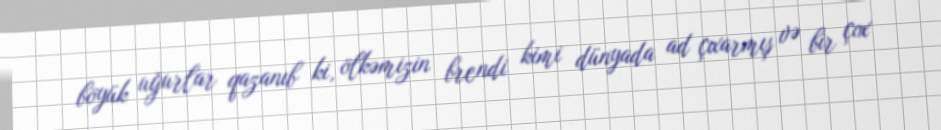
böyük uğurlar qazanıb ki, ölkəmizin brendi kimi dünyada ad çıxarmış və bir çox